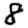
Digit: 8